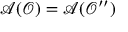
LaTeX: \mathcal { A } ( \mathcal { O } ) = \mathcal { A } ( \mathcal { O } ^ { \prime \prime } )